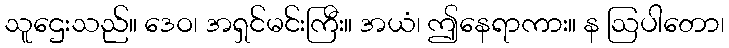
သူဌေးသည်။ ဒေဝ၊ အရှင်မင်းကြီး။ အယံ၊ ဤနေရာကား။ န ဩပါတော၊